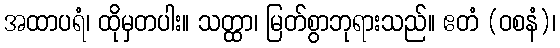
အထာပရံ၊ ထိုမှတပါး။ သတ္ထာ၊ မြတ်စွာဘုရားသည်။ ဧတံ (ဝစနံ)၊